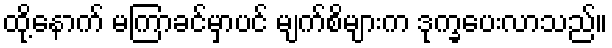
ထို့နောက် မကြာခင်မှာပင် မျက်စိများက ဒုက္ခပေးလာသည်။